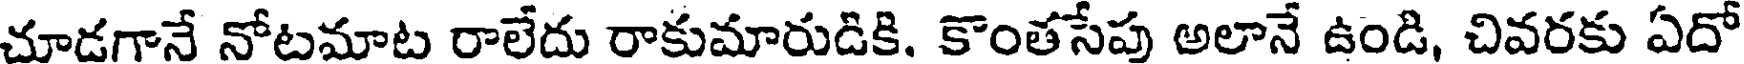
చూడగానే నోటమాట రాలేదు రాకుమారుడికి. కొంతసేపు అలానే ఉండి, చివరకు ఏదో